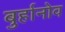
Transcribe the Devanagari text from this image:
बुर्हानोव